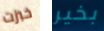
خبزت بخير